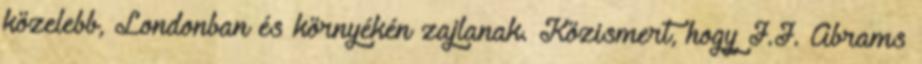
közelebb, Londonban és környékén zajlanak. Közismert, hogy J.J. Abrams